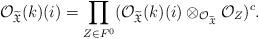
LaTeX: \begin{align*}{\mathcal O}_{\widetilde{\mathfrak X}}(k)(i)=\prod_{Z\in F^0}({\mathcal O}_{\widetilde{\mathfrak X}}(k)(i)\otimes_{{\cal O}_{\widetilde{\mathfrak{X}}}}{\mathcal O}_Z)^c.\end{align*}